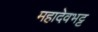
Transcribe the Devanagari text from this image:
महादेवभट्ट